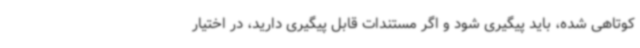
کوتاهی شده، باید پیگیری شود و اگر مستندات قابل پیگیری دارید، در اختیار